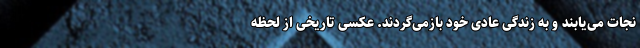
نجات می‌یابند و به زندگی عادی خود بازمی‌گردند. عکسی تاریخی از لحظه